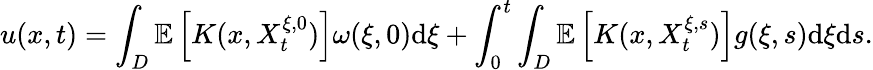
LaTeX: u(x,t)=\int_{D}\mathbb{E}\left[K(x,X_{t}^{\xi,0})\right]\omega(\xi,0)\textrm{d}\xi+\int_{0}^{t}\int_{D}\mathbb{E}\left[K(x,X_{t}^{\xi,s})\right]g(\xi,s)\textrm{d}\xi\textrm{d}s.